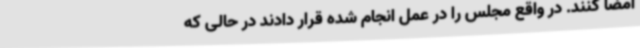
امضا کنند. در واقع مجلس را در عمل انجام شده قرار دادند در حالی که